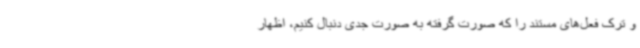
و ترک فعل‌های مستند را که صورت گرفته به صورت جدی دنبال کنیم، اظهار